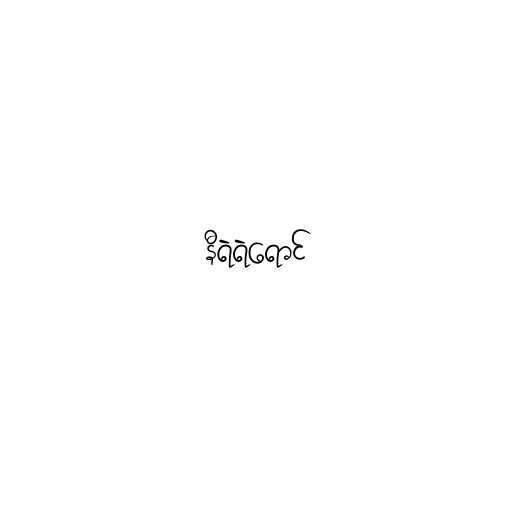
နီရဲရဲရောင်